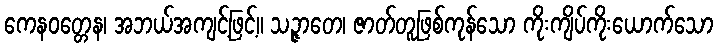
ကေနဝတ္တေန၊ အဘယ်အကျင့်ဖြင့်။ သဉ္ဇာတေ၊ ဇာတ်တူဖြစ်ကုန်သော ကိုးကျိပ်ကိုးယောက်သော